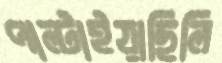
পাল্‌টাইয়াছিলি